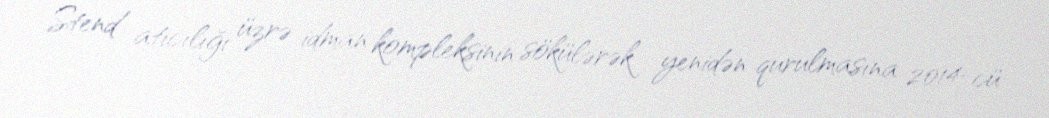
Stend atıcılığı üzrə idman kompleksinin sökülərək yenidən qurulmasına 2014-cü